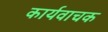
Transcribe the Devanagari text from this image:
कार्यवाचक